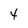
Character: 4